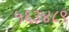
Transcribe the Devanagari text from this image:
५६३४८९